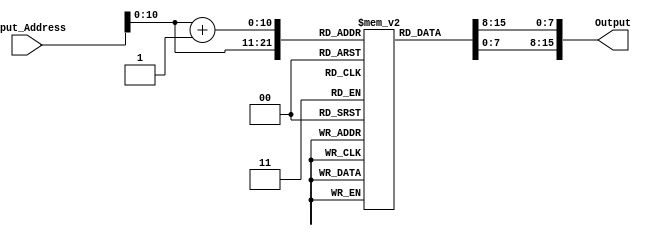
module IM(Input_Address,Output);

	input [15:0] Input_Address;
	reg [7:0] Instructions [1024:0];
	output reg[15:0] Output;
	
	initial
		begin
			Instructions [0][7:0] = 8'b11001010;  
			Instructions [1][7:0] = 8'b01010101;
		end

	always @(Input_Address)
		begin
			Output[7:0]=Instructions[Input_Address][7:0];
			Output[15:8]=Instructions[Input_Address+16'b1][7:0];
		end

endmodule


module Test_I_Mem;

	reg [15:0] Input_Address;
	wire [15:0] Output;

	IM myim(Input_Address,Output);

	initial
		begin
			Input_Address=16'b0; 
			#5 $display("Input_Address=%b, Output=%b",Input_Address,Output);
		end

endmodule